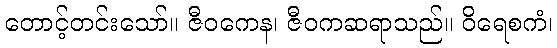
တောင့်တင်းသော်။ ဇီဝကေန၊ ဇီဝကဆရာသည်။ ဝိရေစကံ၊